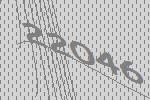
22046